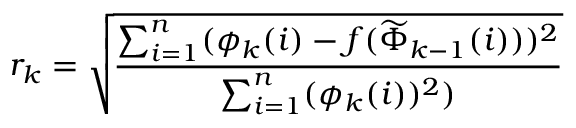
r _ { k } = \sqrt { \frac { \sum _ { i = 1 } ^ { n } ( \phi _ { k } ( i ) - f ( \widetilde { \Phi } _ { k - 1 } ( i ) ) ) ^ { 2 } } { \sum _ { i = 1 } ^ { n } ( \phi _ { k } ( i ) ) ^ { 2 } ) } }